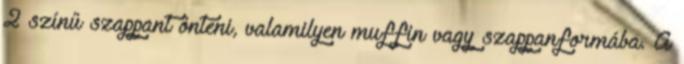
2 színű szappant önteni, valamilyen muffin vagy szappanformába. A